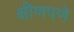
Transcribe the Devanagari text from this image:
क्षीणपणे